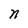
Character: n